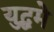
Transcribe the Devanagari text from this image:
युद्धमे